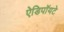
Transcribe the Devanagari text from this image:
ऐडिपॉयटे